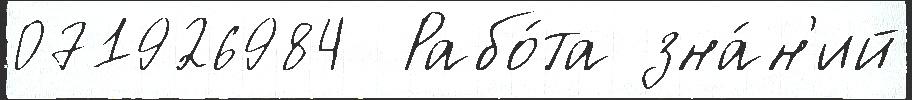
071926984  Рабо́та зна́н'ий